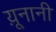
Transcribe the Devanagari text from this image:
य़ूनानी